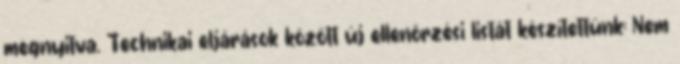
megnyitva. Technikai eljárások között új ellenőrzési listát készítettünk: Nem